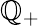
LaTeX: \mathbb{Q}_{+}